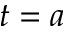
t = a